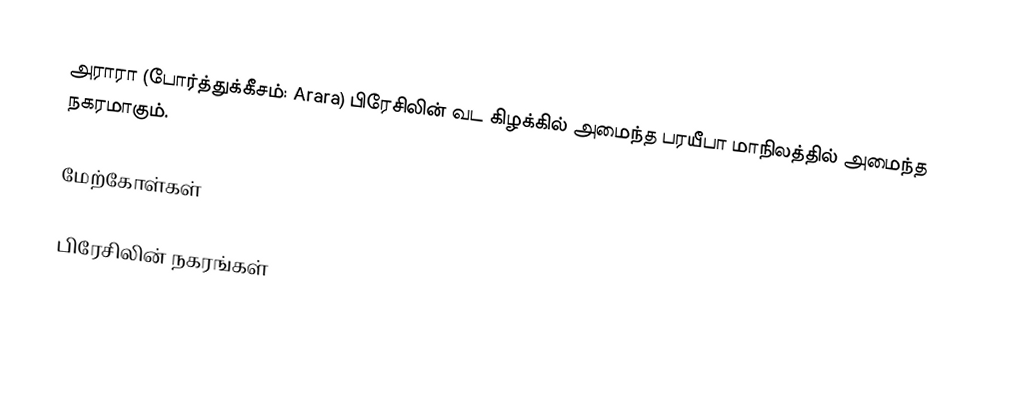
அராரா (போர்த்துக்கீசம்: Arara) பிரேசிலின் வட கிழக்கில் அமைந்த பரயீபா மாநிலத்தில் அமைந்த நகரமாகும்.

மேற்கோள்கள்

பிரேசிலின் நகரங்கள்